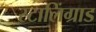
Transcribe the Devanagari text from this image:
स्टालिंग्राड